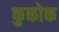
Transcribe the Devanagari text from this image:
कुकोक